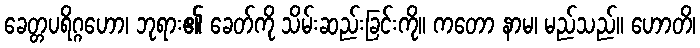
ခေတ္တပရိဂ္ဂဟော၊ ဘုရား၏ ခေတ်ကို သိမ်းဆည်းခြင်းကို။ ကတော နာမ၊ မည်သည်။ ဟောတိ၊